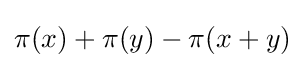
\pi (x)+\pi (y)-\pi (x+y)